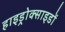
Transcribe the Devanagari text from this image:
हाइड्रोक्साइडों